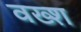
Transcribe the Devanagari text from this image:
वख्श